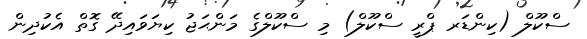
ސްކޫލް (ކިންޑަރ ޕްރީ ސްކޫލް) މި ސްކޫލްގެ މަންޙަޖު ކިޔަވައިދޭ ގޮތް އެކުދިން